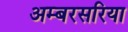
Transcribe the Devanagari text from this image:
अम्बरसरिया